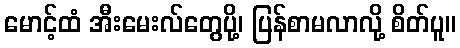
မောင့်ထံ အီးမေးလ်တွေပို့၊ ပြန်စာမလာလို့ စိတ်ပူ။